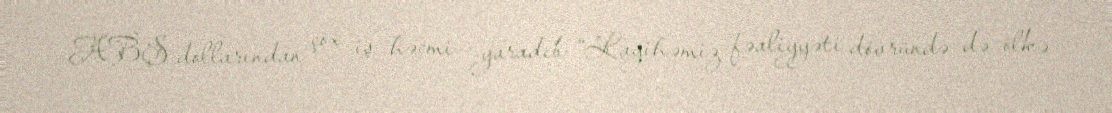
ABŞ dollarından çox iş həcmi yaradıb: “Layihəmiz fəaliyyəti dövründə də ölkə